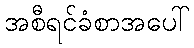
အစီရင်ခံစာအပေါ်